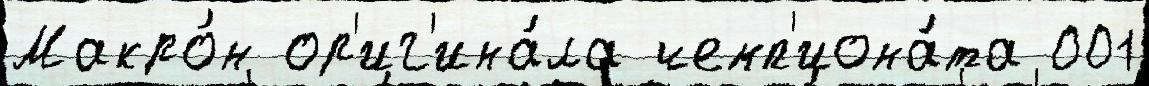
Макро́н ор'иг'ина́ла чемп'иона́та 001